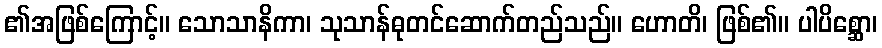
၏အဖြစ်ကြောင့်။ သောသာနိကာ၊ သုသာန်ဓုတင်ဆောက်တည်သည်။ ဟောတိ၊ ဖြစ်၏။ ပါပိစ္ဆော၊